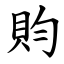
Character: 䝧